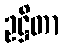
ဥဋ္ဌိတာ